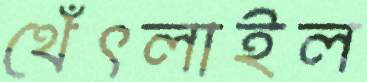
থেঁৎলাইল